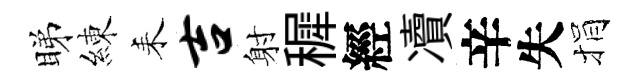
睇練耒吉射穉經凟辛失捐